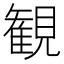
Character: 観